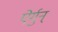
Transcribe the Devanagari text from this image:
ऐर्गुन्